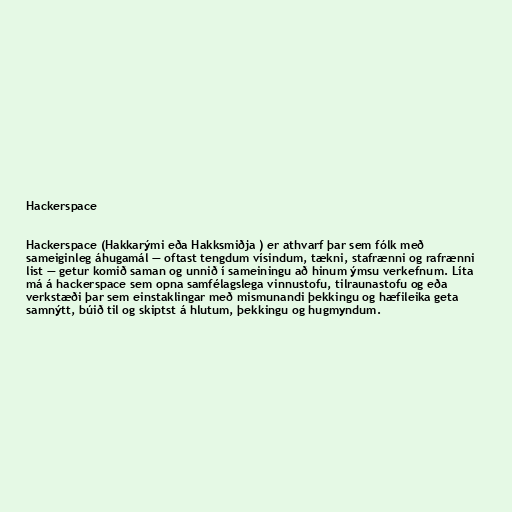
Hackerspace

Hackerspace (Hakkarými eða Hakksmiðja ) er athvarf þar sem fólk með
sameiginleg áhugamál — oftast tengdum vísindum, tækni, stafrænni og rafrænni
list — getur komið saman og unnið í sameiningu að hinum ýmsu verkefnum. Líta
má á hackerspace sem opna samfélagslega vinnustofu, tilraunastofu og eða
verkstæði þar sem einstaklingar með mismunandi þekkingu og hæfileika geta
samnýtt, búið til og skiptst á hlutum, þekkingu og hugmyndum.